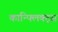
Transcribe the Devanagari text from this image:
कान्फ्लिक्ट्स